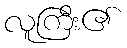
လူကြီး၏